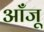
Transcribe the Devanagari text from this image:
आँजू